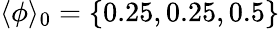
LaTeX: \langle\phi\rangle_{0}=\{ 0.25,0.25,0.5\}